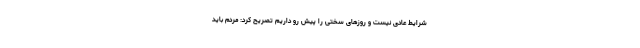
شرایط عادی نیست و روزهای سختی را پیش رو داریم تصریح کرد: مردم باید